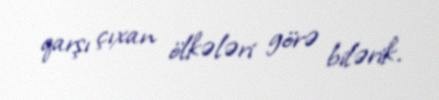
qarşı çıxan ölkələri görə bilərik.